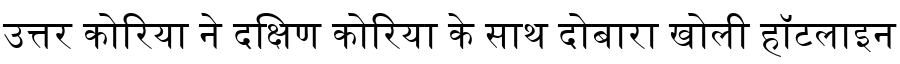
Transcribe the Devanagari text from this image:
उत्तर कोरिया ने दक्षिण कोरिया के साथ दोबारा खोली हॉटलाइन